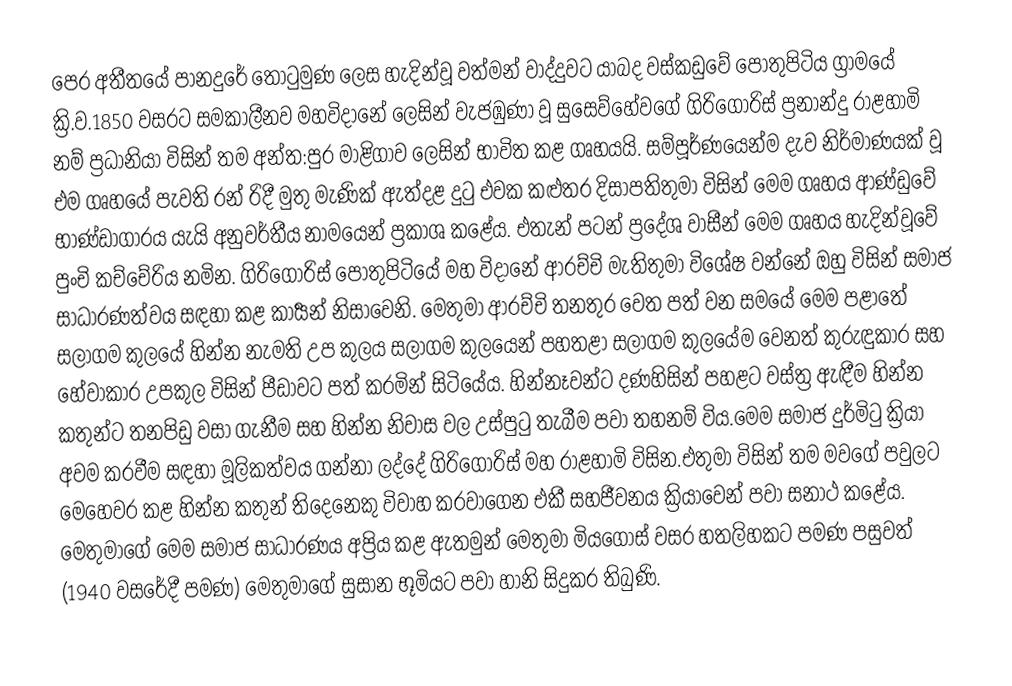
පෙර අතීතයේ පානදුරේ තොටුමුණ ලෙස හැදින්වූ වත්මන් වාද්දුවට යාබද වස්කඩුවේ පොතුපිටිය ග්‍රාමයේ ක්‍රි.ව.1850 වසරට සමකාලීනව මහවිදානේ ලෙසින් වැජඹුණා වූ සුසෙව්හේවගේ ගිරිගෝරිස් ප්‍රනාන්දු රාළහාමි නම් ප්‍රධානියා විසින් තම අන්ත:පුර මාළිගාව ලෙසින් භාවිත කළ ගෘහයයි. සම්පූර්ණයෙන්ම දැව නිර්මාණයක් වූ එම ගෘහයේ පැවති රන්‍ රිදී මුතු මැණික් ඇත්දළ දුටු එවක කළුතර දිසාපතිතුමා විසින් මෙම ගෘහය ආණ්ඩුවේ භාණ්ඩාගාරය යැයි අනුවර්තීය නාමයෙන් ප්‍රකාශ කළේය. එතැන් පටන් ප්‍රදේශ වාසීන් මෙම ගෘහය හැදින්වූවේ පුංචි කච්චේරිය නමින. ගිරිගෝරිස් පොතුපිටියේ මහ විදානේ ආරච්චි මැතිතුමා විශේෂ වන්නේ ඔහු විසින් සමාජ සාධාරණත්වය සඳහා කළ කාර්‍යන් නිසාවෙනි. මෙතුමා ආරච්චි තනතුර වෙත පත් වන සමයේ මෙම පළාතේ සලාගම කුලයේ  හින්න නැමති උප කුලය සලාගම කුලයෙන් පහතළා සලාගම කුලයේම වෙනත් කුරුඳුකාර සහ හේවාකාර උපකුල විසින් පීඩාවට පත් කරමින් සිටියේය. හින්නෑවන්ට දණහිසින් පහළට වස්ත්‍ර ඇඳීම හින්න කතුන්ට තනපිඩු වසා ගැනීම සහ හින්න නිවාස වල උස්පුටු තැබීම පවා තහනම් විය.මෙම සමාජ දුර්මිටු ක්‍රියා අවම කරවීම සඳහා මූලිකත්වය ගන්නා ලද්දේ ගිරිගෝරිස් මහ රාළහාමි විසින.එතුමා විසින් තම මවගේ  පවුලට මෙහෙවර කළ හින්න කතුන් තිදෙනෙකු විවාහ කරවාගෙන එකී සහජීවනය ක්‍රියාවෙන් පවා සනාථ කළේය. මෙතුමාගේ මෙම සමාජ සාධාරණය අප්‍රිය කළ ඇතමුන් මෙතුමා මියගොස් වසර හතලිහකට පමණ පසුවත් (1940 වසරේදී පමණ) මෙතුමාගේ සුසාන භූමියට පවා හානි සිදුකර තිබුණි.